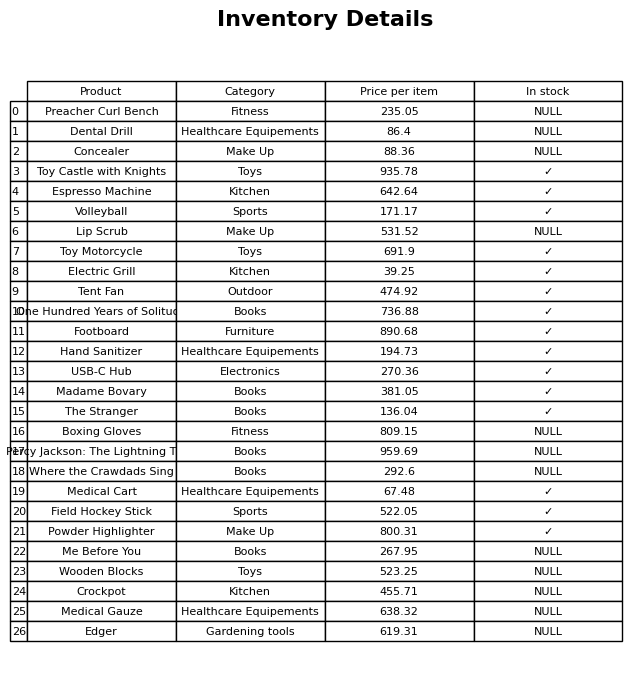
question: Which products are currently out of stock?
answer: Preacher Curl Bench, Dental Drill, Concealer, Lip Scrub, Boxing Gloves, Percy Jackson: The Lightning Thief, Where the Crawdads Sing, Me Before You, Wooden Blocks, Crockpot, Medical Gauze, Edger